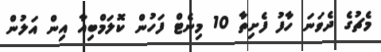
މެޗުގެ ދެވަނަ ހާފު ފެށިތާ 10 މިނެޓް ފަހުން ކޮލަމްބިއާ އިން އަލުން